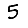
Digit: 5